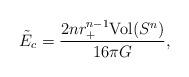
LaTeX: \begin{align*}\tilde E_c =\frac{2n r_+^{n-1}\mbox{Vol}(S^n)}{16\pi G},\end{align*}